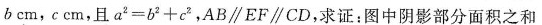
bcm，ccm，且$$a ^ { 2 } = b ^ { 2 } + c ^ { 2 }$$，AB\parallel EF\parallel CD，求证：图中阴影部分面积之和